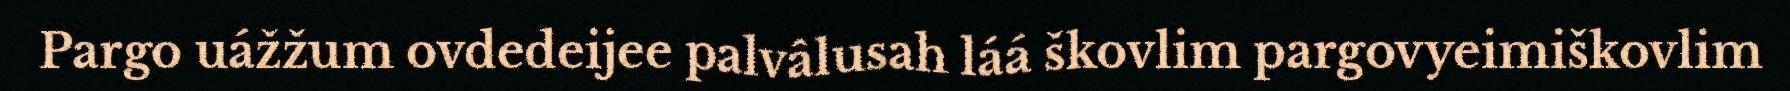
Pargo uážžum ovdedeijee palvâlusah láá škovlim pargovyeimiškovlim